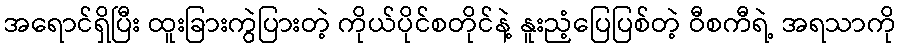
အရောင်ရှိပြီး ထူးခြားကွဲပြားတဲ့ ကိုယ်ပိုင်စတိုင်နဲ့ နူးညံ့ပြေပြစ်တဲ့ ဝီစကီရဲ့ အရသာကို